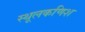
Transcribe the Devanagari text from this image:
स्थूलकणिश